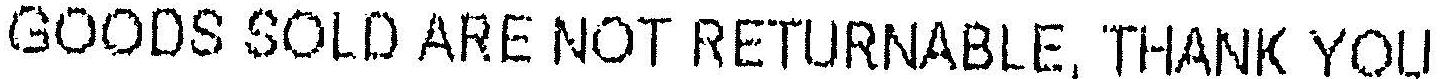
GOODS SOLD ARE NOT RETURNABLE, THANK YOU